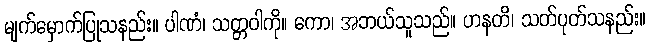
မျက်မှောက်ပြုသနည်း။ ပါဏံ၊ သတ္တဝါကို။ ကော၊ အဘယ်သူသည်။ ဟနတိ၊ သတ်ပုတ်သနည်း။